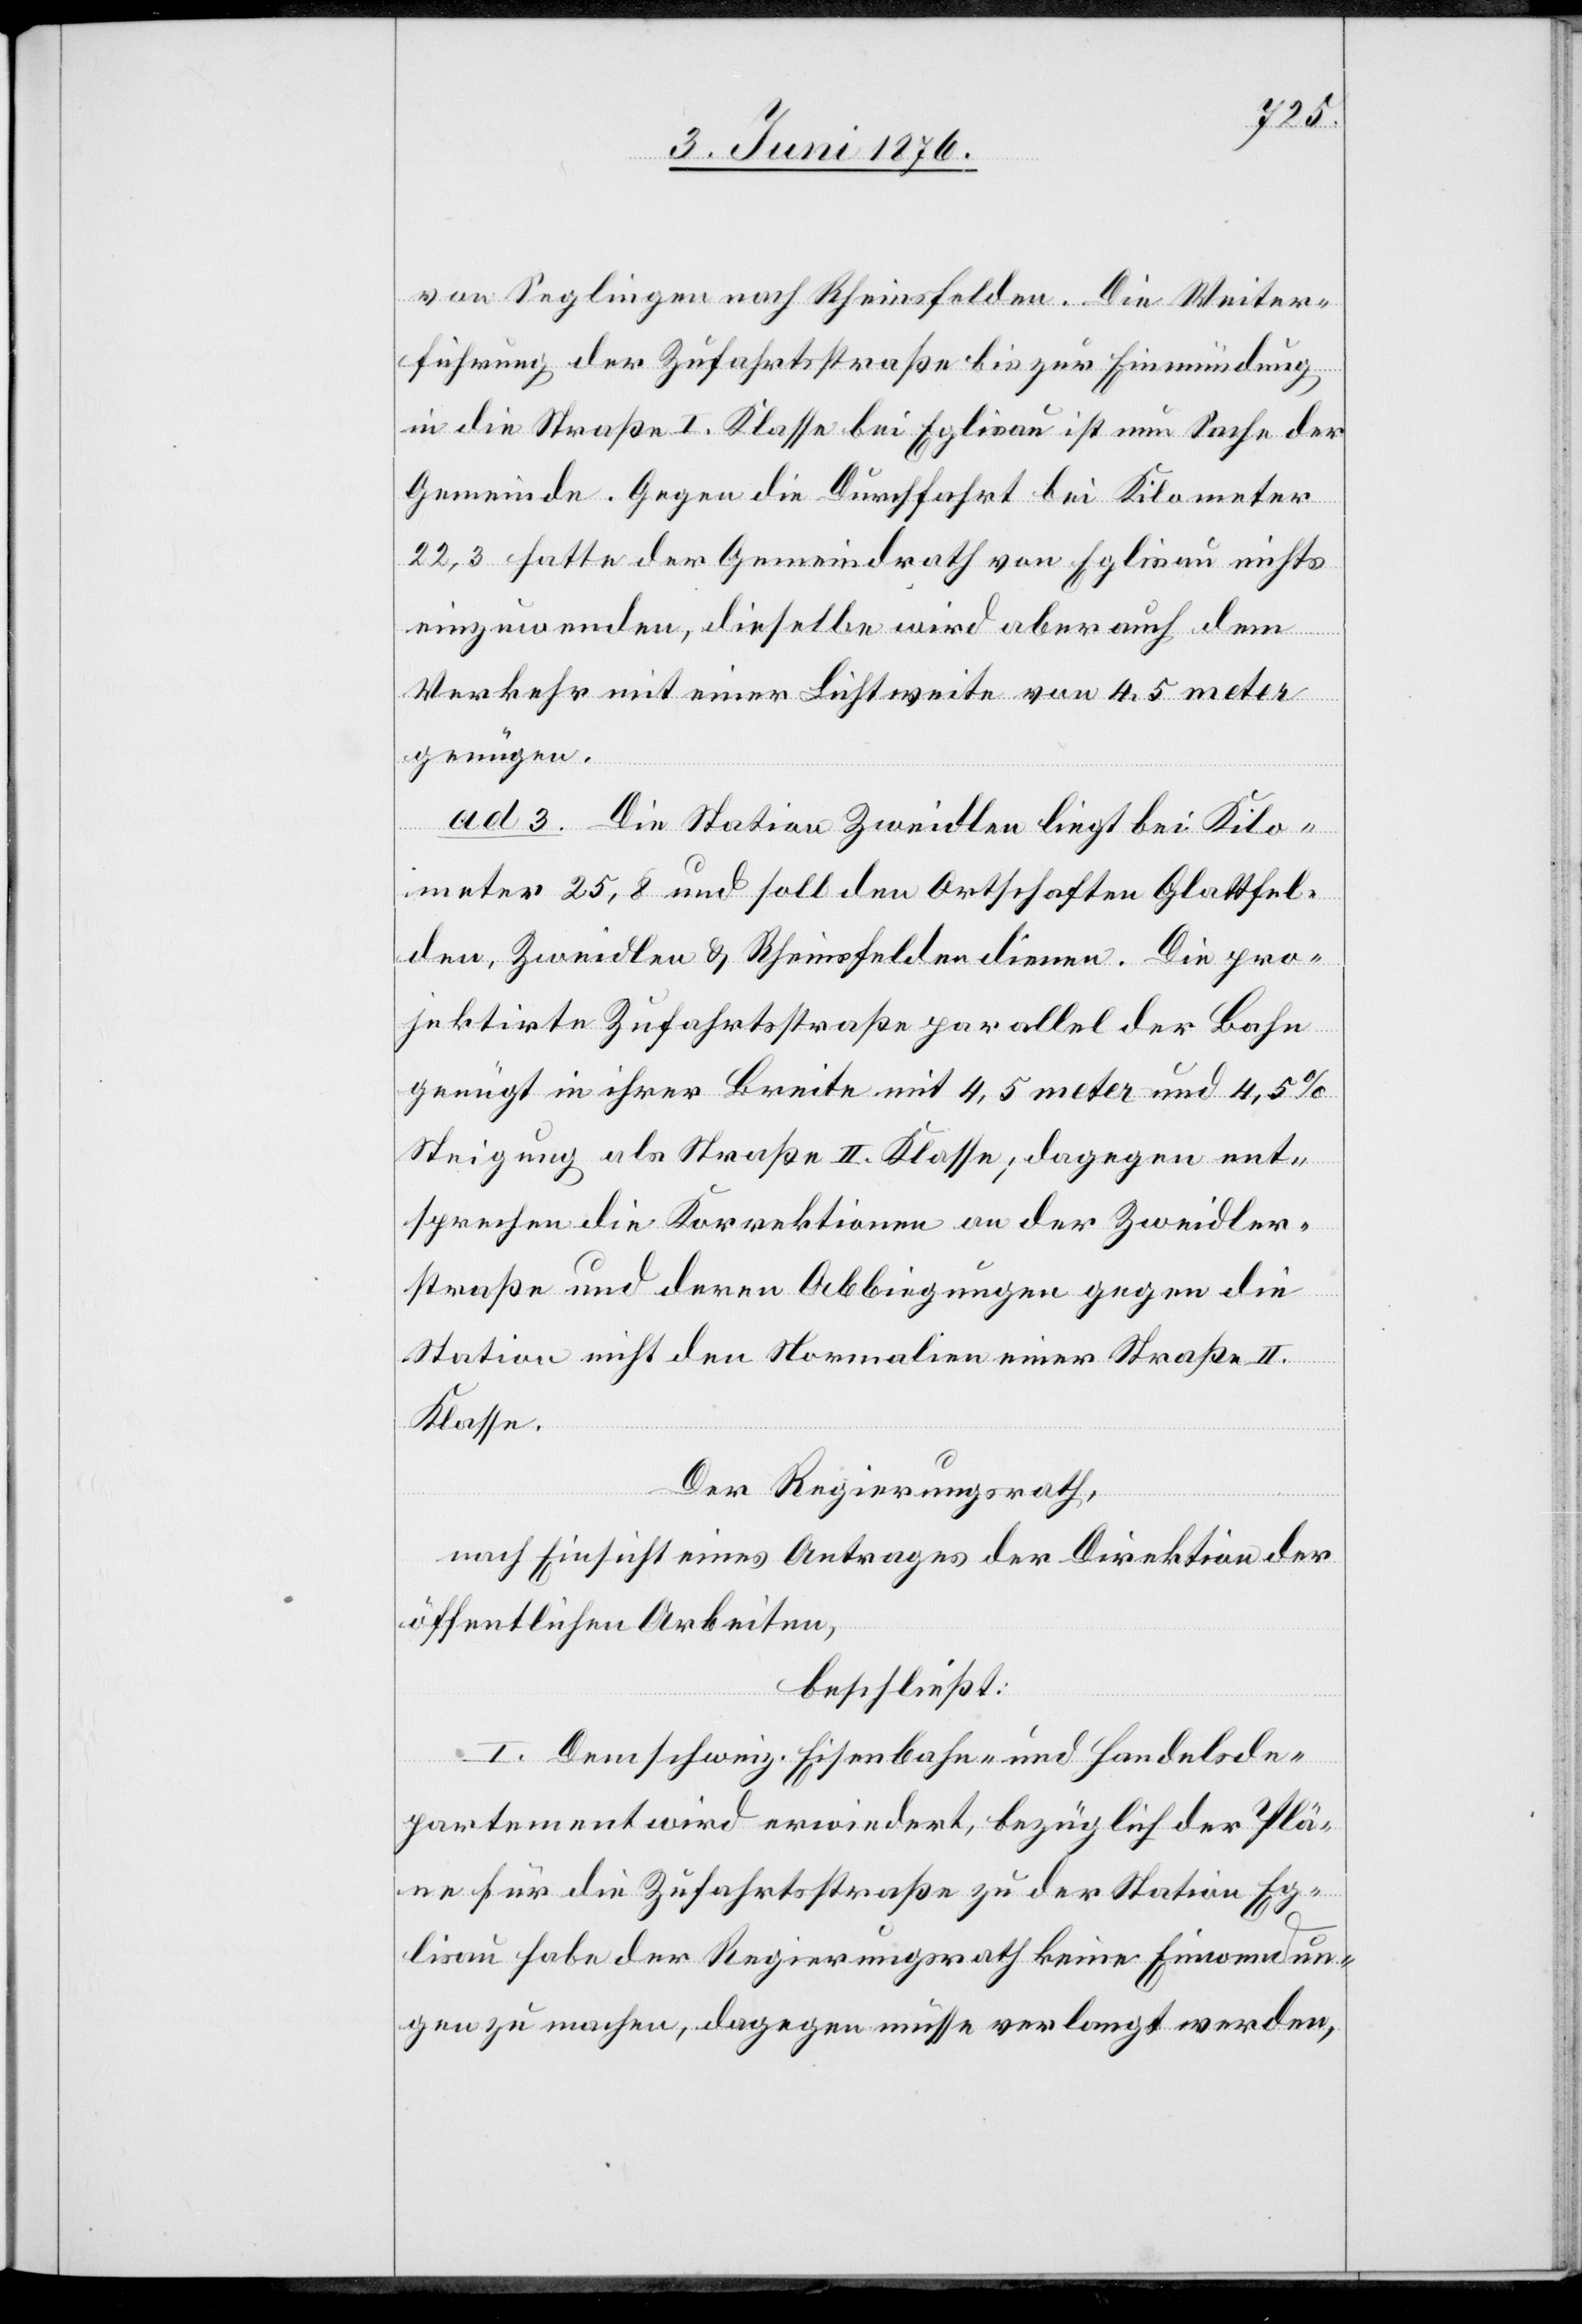
von Seglingen nach Rheinsfelden [sic!]. Die Weiter¬
führung der Zufahrtsstraße bis zur Einmündung
in die Straße I. Klasse bei Eglisau ist nun Sache der
Gemeinde. Gegen die Durchfahrt bei Kilometer
22,3 hatte der Gemeindrath von Eglisau nichts
einzuwenden, dieselbe wird aber auch dem
Verkehr mit einer Lichtweite von 4,5 meter
genügen.
ad 3. Die Station Zweidlen liegt bei Kilo¬
mater 25,8 und soll den Ortschaften Glattfel¬
den, Zweidlen & Rheinsfelden dienen. Die pro¬
jektirte Zufahrtsstraße parallel der Bahn
genügt in ihrer Breite mit 4,5 meter und 4,5 %
Steigung als Straße II. Klasse; dagegen ent¬
sprechen die Korrektionen an der Zweidler¬
straße und deren Abbiegungen gegen die
Station nicht den Normalien einer Straße II.
Klasse.
Der Regierungsrath,
nach Einsicht eines Antrages der Direktion der
öffentlichen Arbeiten,
beschließt:
I. Dem schweiz. Eisenbahn- und Handelsde¬
partement wird erwiedert, bezüglich der Plä¬
ne für die Zufahrtsstraße zu der Station Eg¬
lisau habe der Regierungsrath keine Einwendun¬
gen zu machen, dagegen müsse verlangt werden,